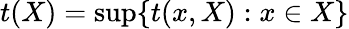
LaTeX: t(X)=\operatorname*{sup}\{ t(x,X):x\in X\}